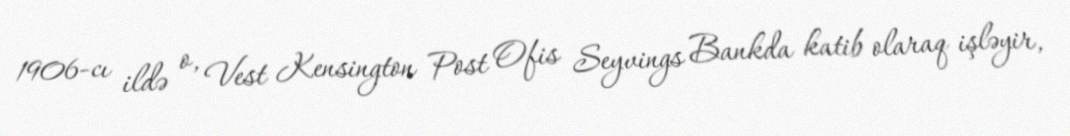
1906-cı ildə o, Vest Kensington Post Ofis Seyvings Bankda katib olaraq işləyir,